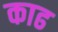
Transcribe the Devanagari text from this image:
काढ